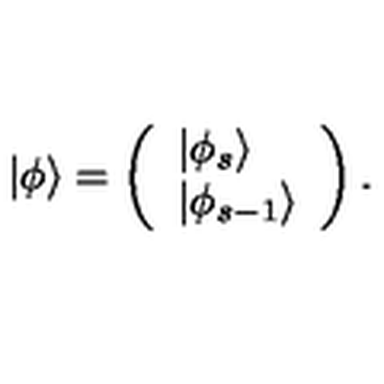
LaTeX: | \phi \rangle = \left( \begin{array} { l } { | \phi _ { s } \rangle } \\ { | \phi _ { s - 1 } \rangle } \\ \end{array} \right) .